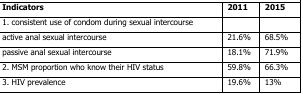
<table><thead><tr><td><b>Indicators</b></td><td><b>2011</b></td><td><b>2015</b></td></tr></thead><tbody><tr><td>1. consistent use of condom during sexual intercourse</td><td></td><td></td></tr><tr><td>active anal sexual intercourse</td><td>21.6%</td><td>68.5%</td></tr><tr><td>passive anal sexual intercourse</td><td>18.1%</td><td>71.9%</td></tr><tr><td>2. MSM proportion who know their HIV status</td><td>59.8%</td><td>66.3%</td></tr><tr><td>3. HIV prevalence</td><td>19.6%</td><td>13%</td></tr></tbody></table>